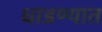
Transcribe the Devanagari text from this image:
धाडण्यात